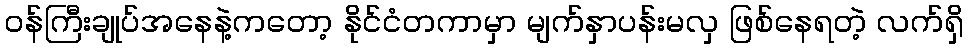
ဝန်ကြီးချုပ်အနေနဲ့ကတော့ နိုင်ငံတကာမှာ မျက်နှာပန်းမလှ ဖြစ်နေရတဲ့ လက်ရှိ